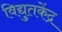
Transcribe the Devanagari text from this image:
विद्युतकेंद्र